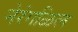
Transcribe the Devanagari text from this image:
नेरंगळिल